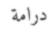
درامة